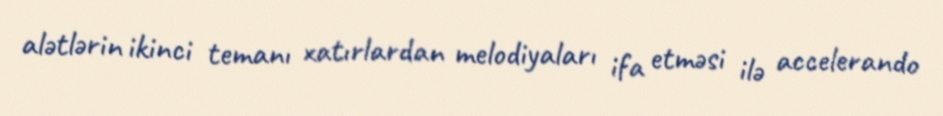
alətlərin ikinci temanı xatırlardan melodiyaları ifa etməsi ilə accelerando